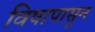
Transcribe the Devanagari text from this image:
विषापासून